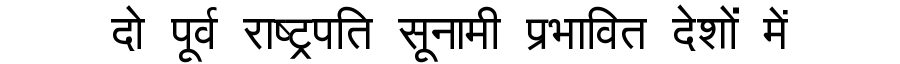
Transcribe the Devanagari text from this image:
दो पूर्व राष्ट्रपति सूनामी प्रभावित देशों में